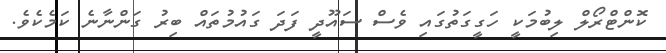
ކޮންޓްރޯލް ލިބުމަކީ ހަގީގަތުގައި ވެސް ސައޫދީ ފަދަ ގައުމުތައް ބިރު ގަންނާނެ ކަމެކެވެ.